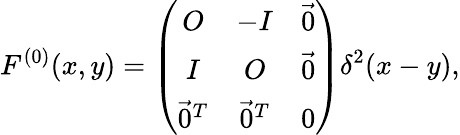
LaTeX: F^{(0)}(x,y)=\left(\begin{array}{ccc}{{O}}&{{-I}}&{{\vec{0}}}\\ {{I}}&{{O}}&{{\vec{0}}}\\ {{\vec{0}^{T}}}&{{\vec{0}^{T}}}&{{0}}\end{array}\right)\delta^{2}(x-y),